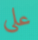
علي